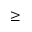
\geq